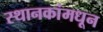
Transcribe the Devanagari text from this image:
स्थानकांमधून